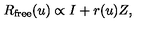
R _ { \mathrm { f r e e } } ( u ) \propto I + r ( u ) Z ,